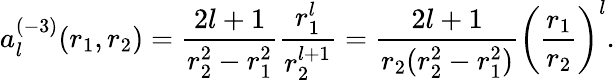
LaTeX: {a}_{l}^{(-3)}(r_{1},r_{2})=\frac{2l+1}{r_{2}^{2}-r_{1}^{2}}\frac{r_{1}^{l}}{r_{2}^{l+1}}=\frac{2l+1}{r_{2}(r_{2}^{2}-r_{1}^{2})}\left(\frac{r_{1}}{r_{2}}\right)^{l}.